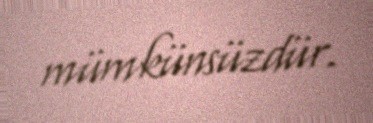
mümkünsüzdür.